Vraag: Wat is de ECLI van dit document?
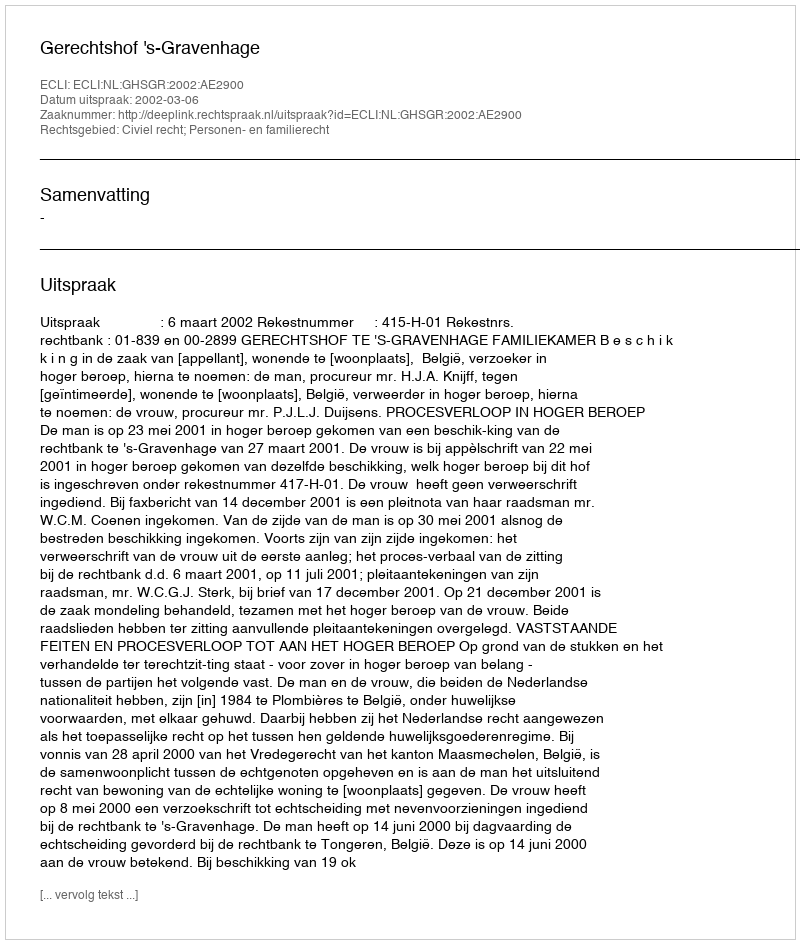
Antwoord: ECLI:NL:GHSGR:2002:AE2900